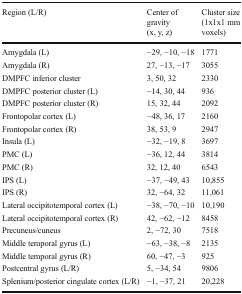
<table><thead><tr><td><b>Region (L/R)</b></td><td><b>Center of gravity (x, y, z)</b></td><td><b>Cluster size(1x1x1 mm voxels)</b></td></tr></thead><tbody><tr><td>Amygdala (L)</td><td>−29, −10, −18</td><td>1771</td></tr><tr><td>Amygdala (R)</td><td>27, −13, −17</td><td>3055</td></tr><tr><td>DMPFC inferior cluster</td><td>3, 50, 32</td><td>2330</td></tr><tr><td>DMPFC posterior cluster (L)</td><td>−14, 30, 44</td><td>936</td></tr><tr><td>DMPFC posterior cluster (R)</td><td>15, 32, 44</td><td>2092</td></tr><tr><td>Frontopolar cortex (L)</td><td>−48, 36, 17</td><td>2160</td></tr><tr><td>Frontopolar cortex (R)</td><td>38, 53, 9</td><td>2947</td></tr><tr><td>Insula (L)</td><td>−32, −19, 8</td><td>3697</td></tr><tr><td>PMC (L)</td><td>−36, 12, 44</td><td>3814</td></tr><tr><td>PMC (R)</td><td>32, 12, 40</td><td>6543</td></tr><tr><td>IPS (L)</td><td>−37, −49, 43</td><td>10,855</td></tr><tr><td>IPS (R)</td><td>32, −64, 32</td><td>11,061</td></tr><tr><td>Lateral occipitotemporal cortex (L)</td><td>−38, −70, −10</td><td>10,190</td></tr><tr><td>Lateral occipitotemporal cortex (R)</td><td>42, −62, −12</td><td>8458</td></tr><tr><td>Precuneus/cuneus</td><td>2, −72, 30</td><td>7518</td></tr><tr><td>Middle temporal gyrus (L)</td><td>−63, −38, −8</td><td>2135</td></tr><tr><td>Middle temporal gyrus (R)</td><td>60, −47, −3</td><td>925</td></tr><tr><td>Postcentral gyrus (L/R)</td><td>5, −34, 54</td><td>9806</td></tr><tr><td>Splenium/posterior cingulate cortex (L/R)</td><td>−1, −37, 21</td><td>20,228</td></tr></tbody></table>